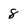
Character: 8